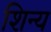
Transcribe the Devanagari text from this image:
शिन्य